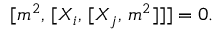
{ \lbrack { m ^ { 2 } } , \, \lbrack { X _ { i } } , \, \lbrack { X _ { j } } , \, { m ^ { 2 } } \rbrack \rbrack \rbrack } = 0 .